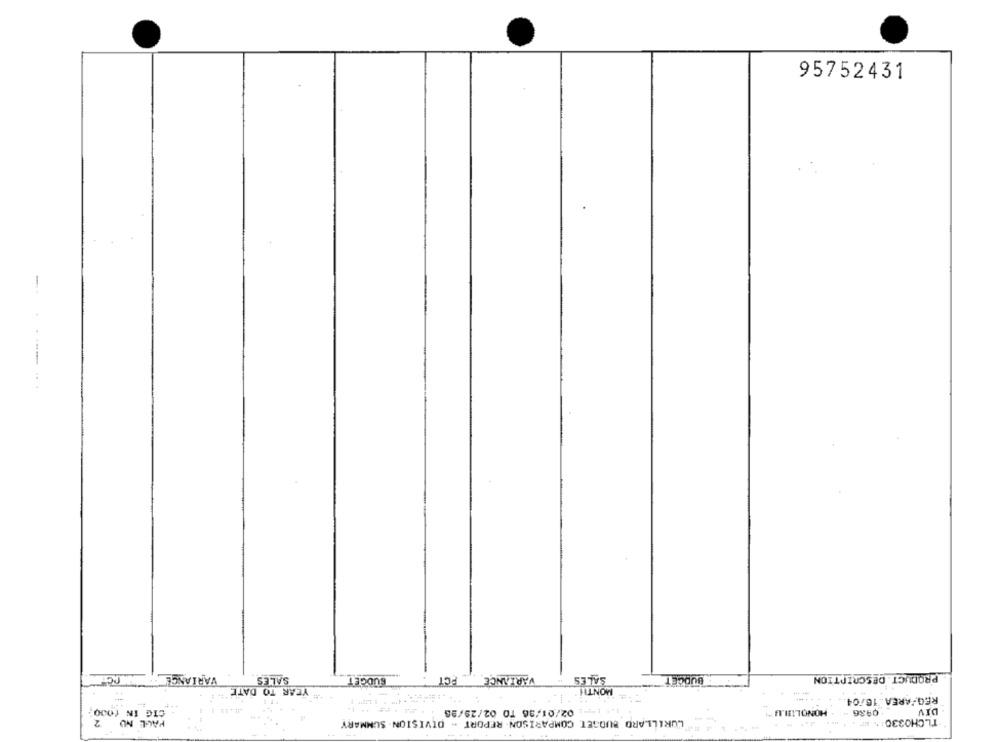
95752431
-
VARIANCE
SALES
BUDGET
PCT
VARIANCE
SALES
BUDCE
PRODUCT DESCRIPTION
YEAR TO DATE
MONTH
REG/AREA. 16/04
CIG IN (000
1: 02/01/36 TO 02/29/98
HONOLIHA! ** 1
0986
DIV
PALL NO 2
LORILLARD BUDGET COMPARISON REPORT - DIVISION SUMMARY
TLCHO33014 .